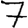
Digit: 7